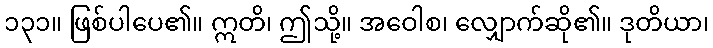
၁၃၁။ ဖြစ်ပါပေ၏။ ဣတိ၊ ဤသို့။ အဝေါစ၊ လျှောက်ဆို၏။ ဒုတိယာ၊